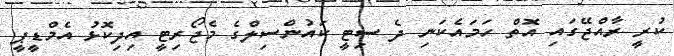
ކުރީ ރާއްޖޭގައި އޮތް ހަމައެކަނި ދެ ސިޓީ ކައުންސިލްގެ މެޖޯރިޓީ އިދިކޮޅު އެމްޑީޕީ